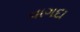
વાગદા